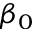
\beta _ { 0 }